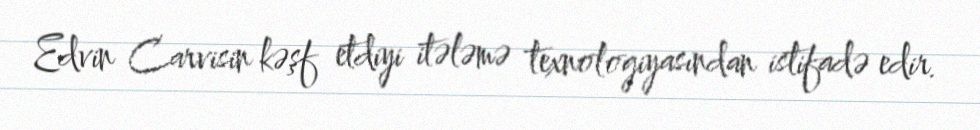
Edvin Carvisin kəşf etdiyi itələmə texnologiyasından istifadə edir.